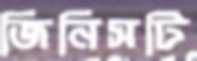
জিনিসটি